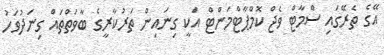
އޭގެ ތެރޭގައި ސްމާޓް ވެޖް ކޮމްޕާޓްމަންޓް އަކީ ގިނައިން ތަރުކާރީގެ ބާވަތްތައް ގިނަދުވަހު